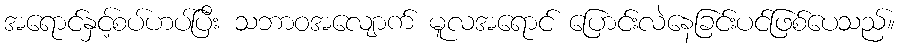
အရောင်နှင့်စပ်ဟပ်ပြီး သဘာဝအလျောက် မူလအရောင် ပြောင်းလဲနေခြင်းပင်ဖြစ်ပေသည်။